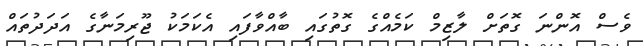
ވެސް އޮންނަ ގޮތަށް ލާޒިމް ކަމެއްގެ ގޮތުގައި ބާއްވާފައި އެކަމަކު ޖޫރިމަނާގެ އަދަދުތައް